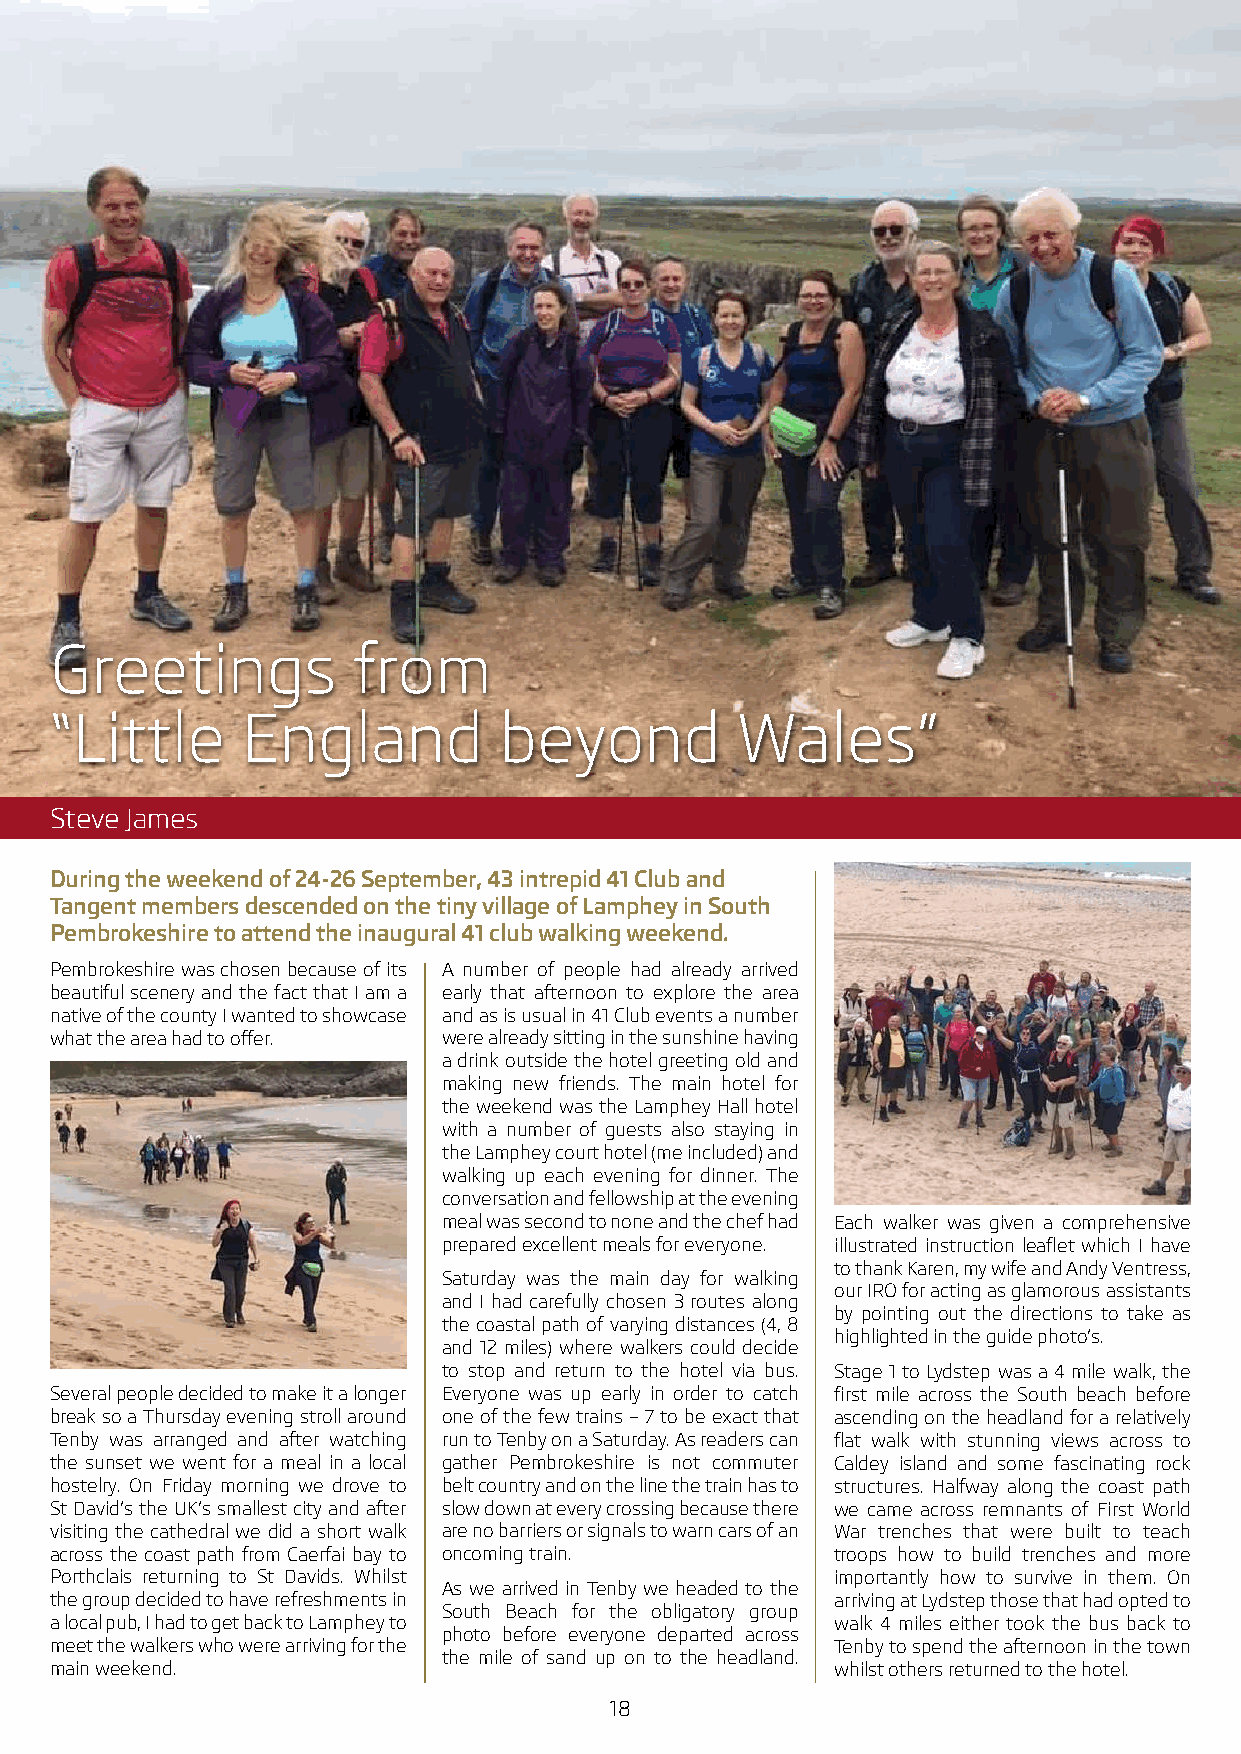
Greetings           from
 “Little      England          beyond          Wales”
 Steve James
 During the weekend of 24-26 September, 43 intrepid 41 Club and
 Tangent members descended on the tiny village of Lamphey in South
 Pembrokeshire to attend the inaugural 41 club walking weekend.
 Pembrokeshire was chosen because of its A number of people had already arrived
 beautiful scenery and the fact that I am a early that afternoon to explore the area
 native of the county I wanted to showcase and as is usual in 41 Club events a number
 what the area had to offer. were already sitting in the sunshine having
 a drink outside the hotel greeting old and
 making new friends. The main hotel for
 the weekend was the Lamphey Hall hotel
 with a number of guests also staying in
 the Lamphey court hotel (me included) and
 walking up each evening for dinner. The
 conversation and fellowship at the evening
 meal was second to none and the chef had Each walker was given a comprehensive
 prepared excellent meals for everyone. illustrated instruction leaflet which I have
 to thank Karen, my wife and Andy Ventress,
 Saturday was the main day for walking
 our IRO for acting as glamorous assistants
 and I had carefully chosen 3 routes along
 by pointing out the directions to take as
 the coastal path of varying distances (4, 8
 highlighted in the guide photo’s.
 and 12 miles) where walkers could decide
 to stop and return to the hotel via bus. Stage 1 to Lydstep was a 4 mile walk, the
 Several people decided to make it a longer Everyone was up early in order to catch first mile across the South beach before
 break so a Thursday evening stroll around one of the few trains – 7 to be exact that ascending on the headland for a relatively
 Tenby was arranged and after watching run to Tenby on a Saturday. As readers can flat walk with stunning views across to
 the sunset we went for a meal in a local gather Pembrokeshire is not commuter Caldey island and some fascinating rock
 hostelry. On Friday morning we drove to belt country and on the line the train has to structures. Halfway along the coast path
 St David’s the UK’s smallest city and after slow down at every crossing because there we came across remnants of First World
 visiting the cathedral we did a short walk are no barriers or signals to warn cars of an War trenches that were built to teach
 across the coast path from Caerfai bay to oncoming train. troops how to build trenches and more
 Porthclais returning to St Davids. Whilst           importantly how to survive in them. On
 As we arrived in Tenby we headed to the
 the group decided to have refreshments in           arriving at Lydstep those that had opted to
 South Beach for the obligatory group
 a local pub, I had to get back to Lamphey to        walk 4 miles either took the bus back to
 photo before everyone departed across
 meet the walkers who were arriving for the          Tenby to spend the afternoon in the town
 the mile of sand up on to the headland.
 main weekend.                                       whilst others returned to the hotel.
 1188